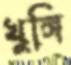
খুঙ্গি